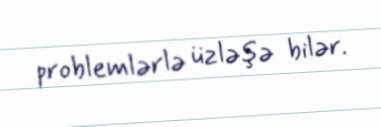
problemlərlə üzləşə bilər.